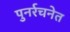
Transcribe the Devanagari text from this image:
पुनर्रचनेत